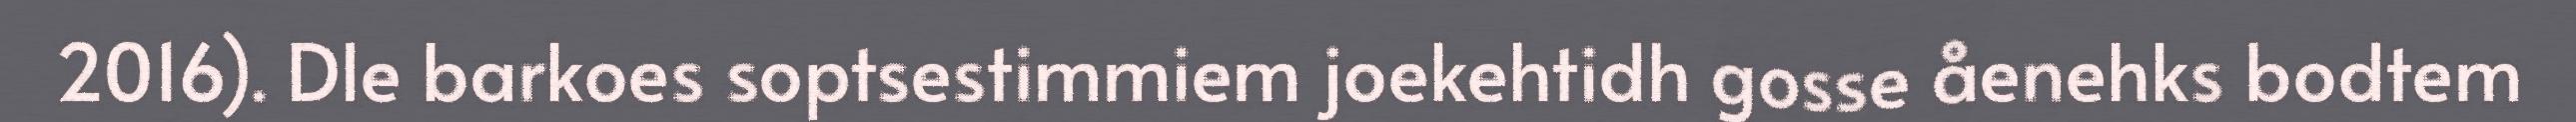
2016). Dle barkoes soptsestimmiem joekehtidh gosse åenehks bodtem